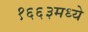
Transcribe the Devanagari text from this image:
१६६३मध्ये